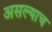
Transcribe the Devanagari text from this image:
असल्याच